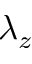
\lambda _ { z }